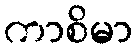
ကာစိမာ